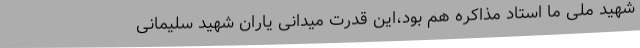
شهید ملی ما استاد مذاکره هم بود،این قدرت میدانی یاران شهید سلیمانی